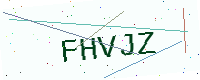
Text: FHVJZ